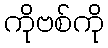
ကိုဗစ်ကို